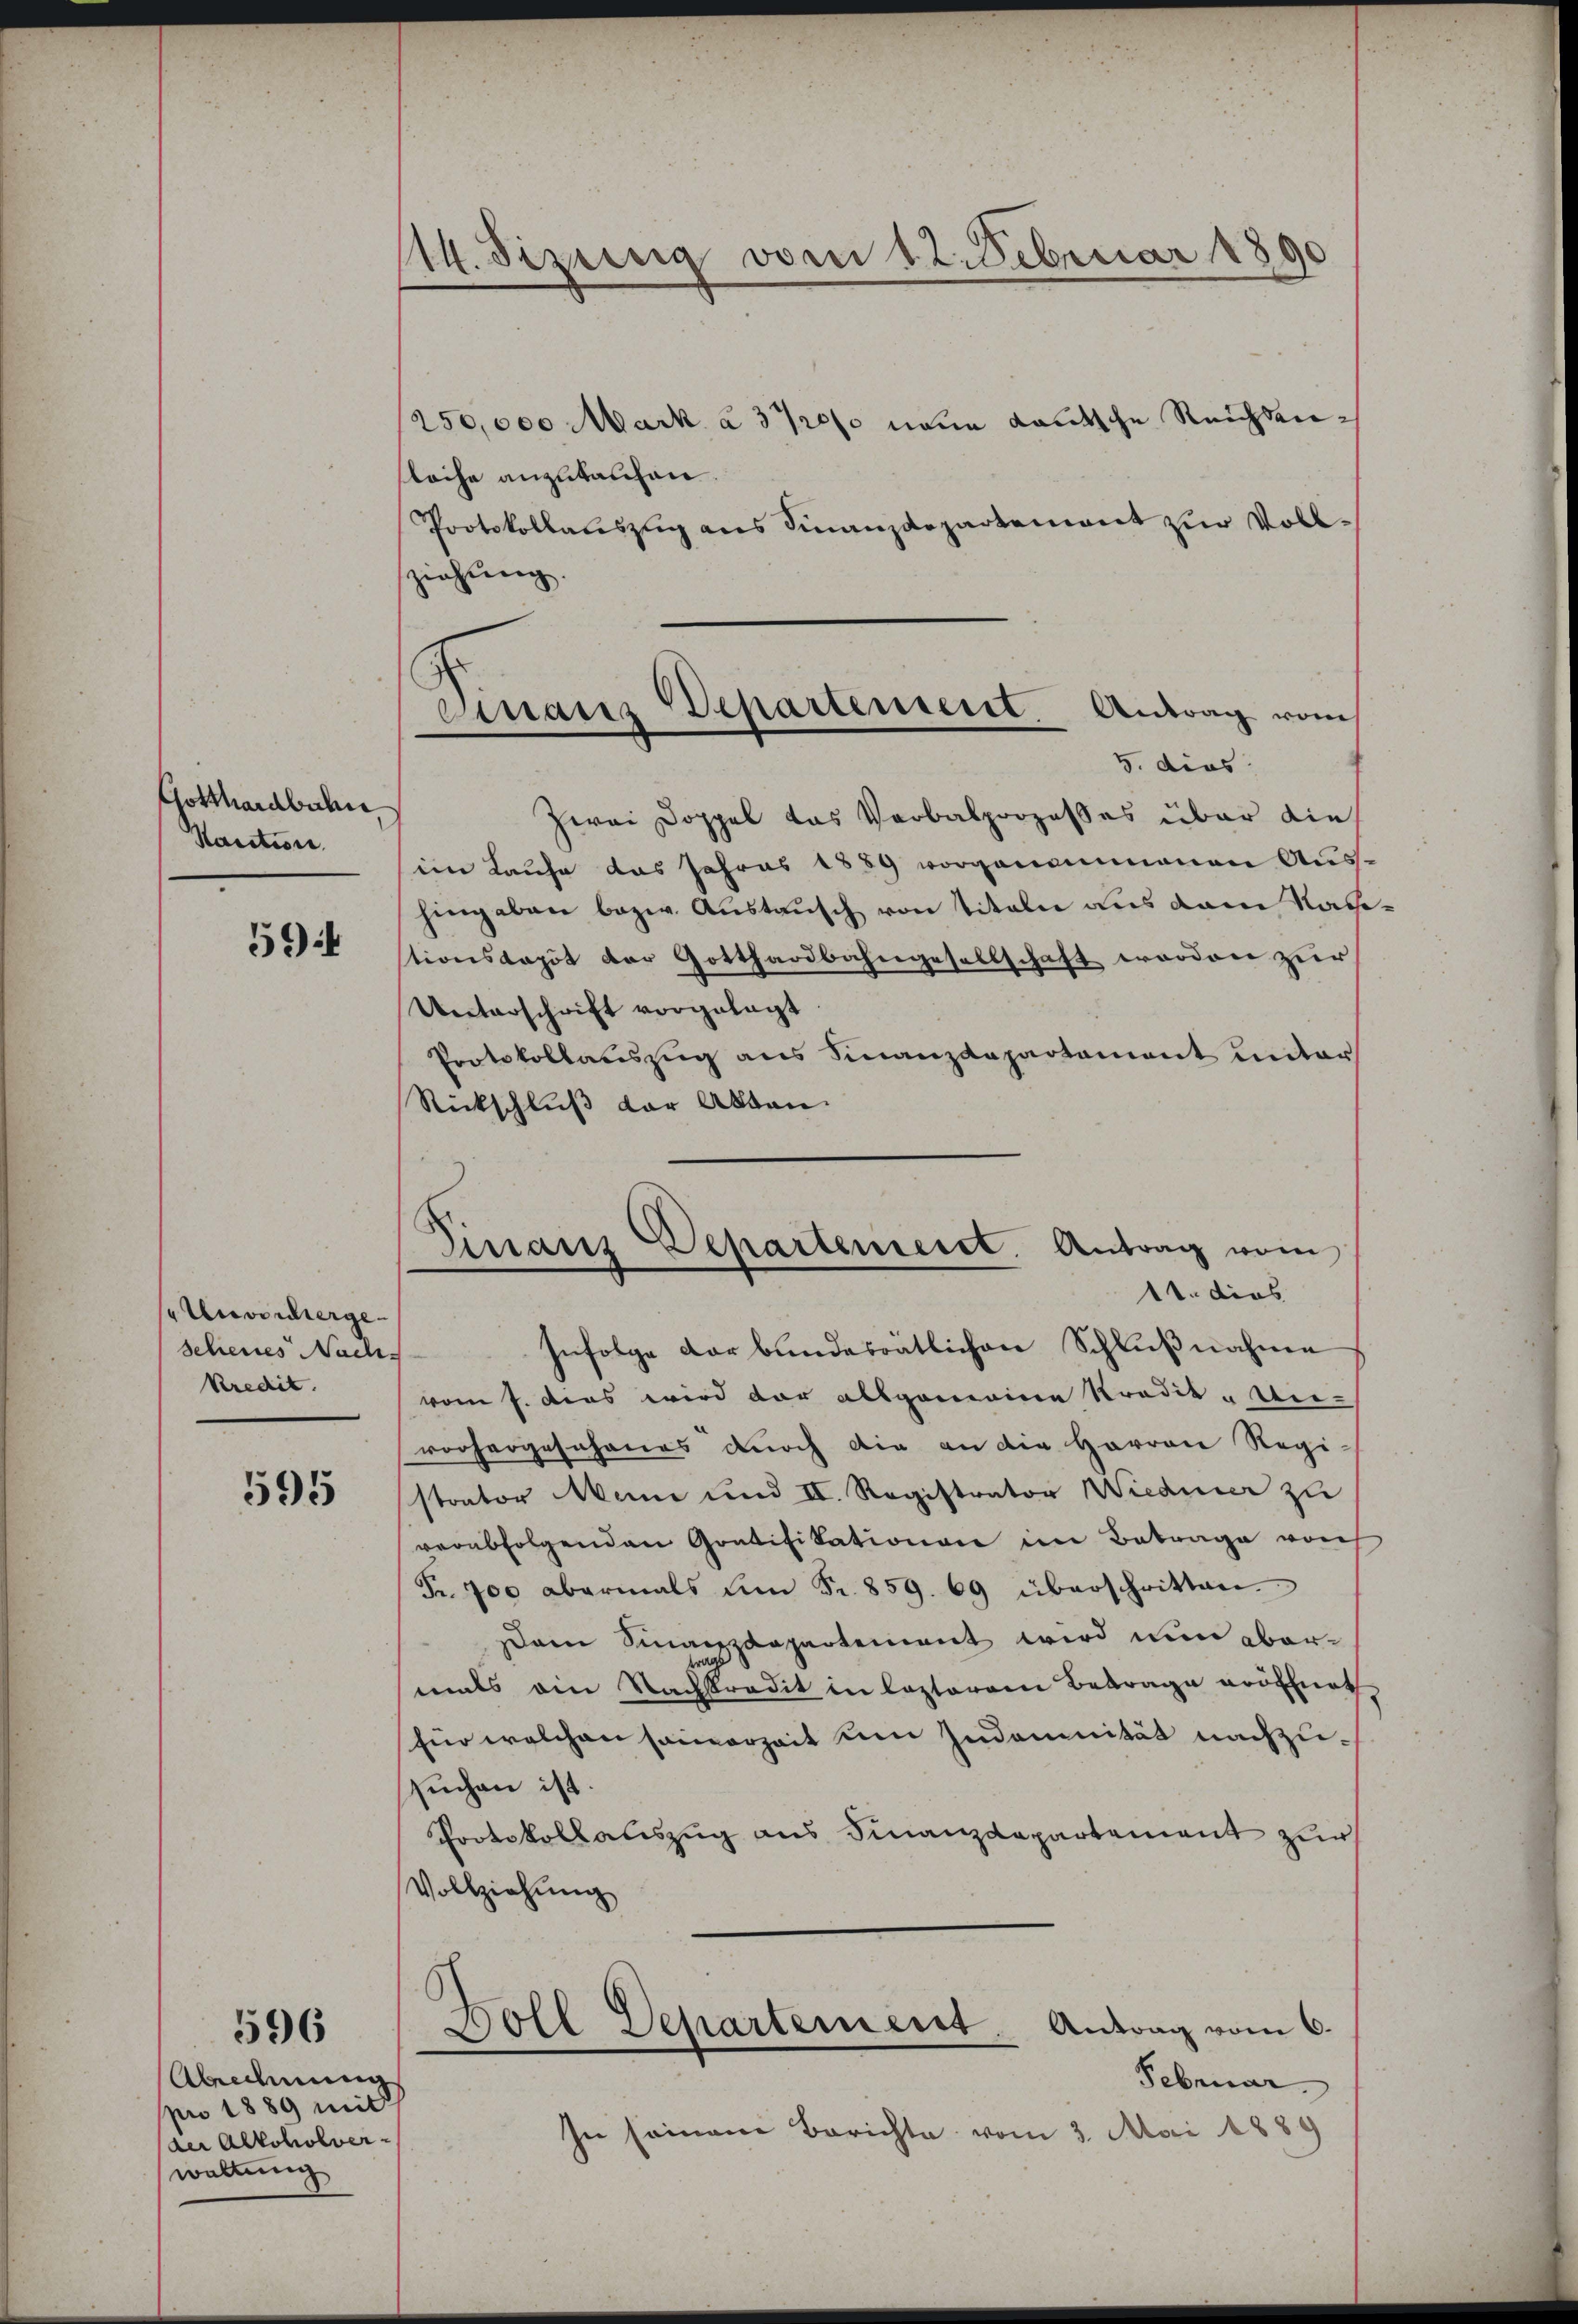
Gotthardbahn
Kaution.

594

Unvorherge
Scheines Nach
Kredit.

595

596

Abedmung
pro 1889 mit
der Alkoholver
waltung

(14. dizierig vom 12. Februar 1890

/250,000 Mark à 37200 neue deutsche Reichen¬
Kläche anzukaufen.
Protokollauszug aus Finanzdepartement zur Vollziehung.
Zwei Doppel das Verbalprozesses über die
im Laufe das Jahres 1889 vorgenommenen Aus-
hingaben bezw. Austausch von Titeln aus dem Nachtionskapot der Gotthardbahngesellschaft worden zur
Unterschrift vorgelegt
Protokollauszug aus Finanzdepartement unter
Rückschluß der Akten.

Einaus Departement Antrag vom
5. dies

Finanz Departenmeist. Antrag vom
11. dies
Infolge der bundesratlichen Schlußnahme

vom 7. das wird dar allgemeine Tradik - Weivorhergesehenes durch die an die Herren Regi
sstrator Mann und II. Registrator Wiederer zu
verabfolgenden Gratifikationen im Betrage von
Fr. 700 abermals um Fr. 859. 69 überschritten.
em Sinanzzappartement wird nun abermals ein Nachstradit in lezteren Betrage eröffnet
für welchen sammerzeit um Indounität nachzusuchen ist.
Protokollauszug aus Finanzdepartement zur
Vollziehŭng
Boll Departement. Antrag vom 6.
Februar
In seinem Berichte vom 3. Mai 1889